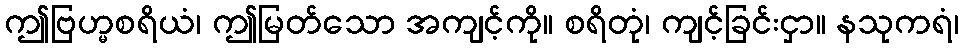
ဤဗြဟ္မစရိယံ၊ ဤမြတ်သော အကျင့်ကို။ စရိတုံ၊ ကျင့်ခြင်းငှာ။ နသုကရံ၊